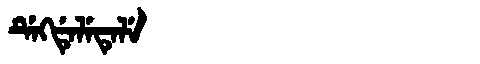
Manchu: ᡩᡝᡴᡩᡝᠯᡝᡨᡝᠯᡝ
Romanization: DEKDELETELE